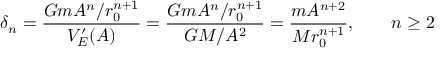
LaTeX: \delta _ { n } = { \frac { G m A ^ { n } / r _ { 0 } ^ { n + 1 } } { V _ { E } ^ { \prime } ( A ) } } = { \frac { G m A ^ { n } / r _ { 0 } ^ { n + 1 } } { G M / A ^ { 2 } } } = { \frac { m A ^ { n + 2 } } { M r _ { 0 } ^ { n + 1 } } } , \qquad n \geq 2